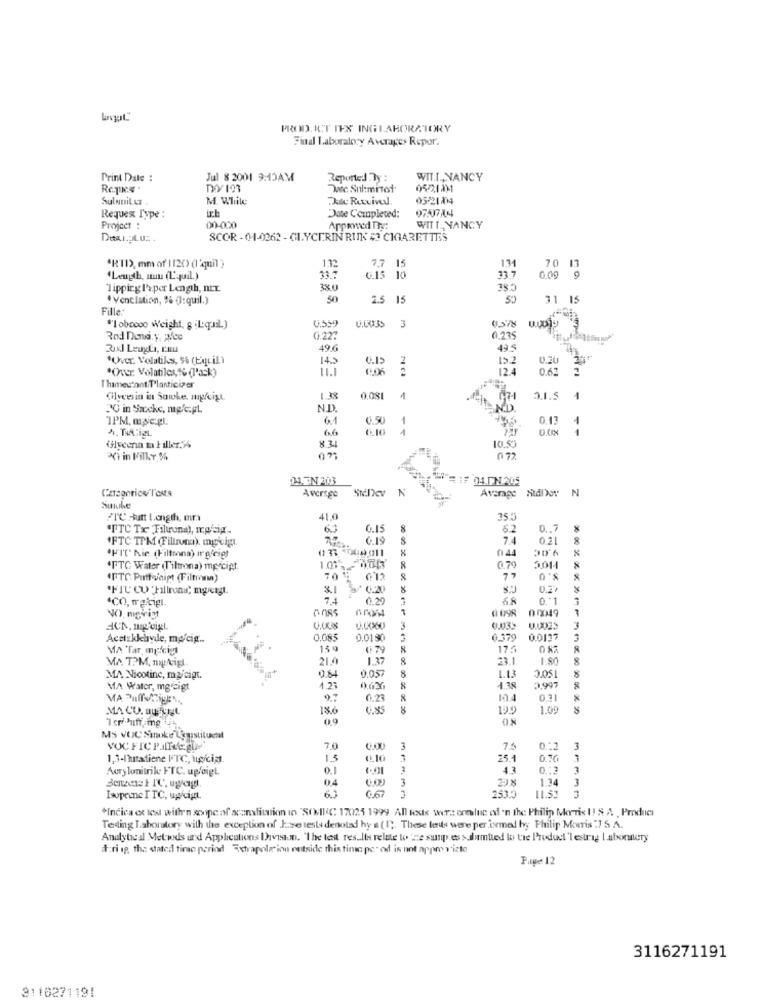
PROD. ICT IES INGLABORATORY
Final Laboraloxy Averages Repor.
Print Date :
Jul 8 2001 9:15AM
Reported By :
WIT.L ., NANCY
0521131
Sulnuit Lt
M. While
Due Rutvival
0521/04
ich
Requex Type :
Date Completed:
Project :
00-000
Apprwed The:
WITT_ NANCY
SCOR - 04-0262 - GLYCERIN RUNK # CIGARETTES
1.32
7.7 15
131
70 13
"RID), mm of 1120) (l'quil )
10
.Length, mu (L'aquil.)
33.7
G.15
33.7
0.09 9
"Tipping I'sper Length, nur.
38.0
" Venciation, % ():quil.)
2.5 15
31 15
Fille+
0.559
0.378
""I obocoo weight, g iloquil.)
3
0.227
0.235
49.6
495
"Over. Volatiks, 5% (Equil )
14.5
2
1>2
0.20
.Over. Volatiles,% (l'ack)
12.4
0.62
Thames ant Tlasticizer
Glycerin in Soike, mg/cist.
1.38
1.081
1
3.1.5
1
20 in Shocke, mgfc.pt.
N.D.
1PM, mac:gl.
6.1
6.50
1
0.13
1
A. TIACieL
1
Glycena mn F iller.54
8.31
10.50
Xi in Milk7 %
07
072
# ## 04.IN.205
Carsonrice Tests
Average
PTC Jutt Longth, mira
41.0
35:
"TTC Tr Filtruna), mpeg-
63
6.15
N
62
0.7
"FTC TPM (Filinuna), movig
6.19
8
0.21
8
044
"FIT' Nie (Filtrona) ir g'eigt
"FTC Water (Tiltrona) mp cipt.
1020043
8
(FTC Puffwait (Filtvm)
70 %
012
8
79
$/0.20
0.7
0.29
68
0.1
1
0 098
NO, migirigt
3
0.035
Acelskkayde, mp/cig ..
0.085
0.019
3
0.370
0.0117
3
MA Tar, mg/cigt
15 9
175
MA TPM, mpkig
21.4
1.3
8
23.1
1.80
0.057
8
MA Nicotine, myjeigt.
0.84
3.05
8
MA Water, mgfeigt
1.23
3.997
9.1
0.23
0.31
MA CU. auFUEL
18.6
199
1.09
0.9
Ms vUC Sinoke Constituent
VOC FIC PITetgiy'
7.0
0.00
7.5
0.12
3
1,3-l hutatiene NTC, ug/cia
13
0.10
25.1
0.76
3
Acrylunitrik FTC. ugoigt.
0.1
1.01
43
0.13
3
04
3
1.34
3
11.53
3
Isopeine I TC, uw/cigt.
6.1
4.67
2530
*Indica et les withr'n scope of scanslitation in "SONIC 17025 1999 All tests were ennluc of 'n the Philip Morris I! S A Product
Testing Laboratory with the exception of June tests denoted hy a (1). These les were performed by Philip Morris :7 S.A.
Analyteal Metwds und Applications Ihaveaun. "The test results relate to 'ze susp.es > dumtied lo tre Product 'lestrag Laboralery
#:ri ip, the stated timo period Extrapole ion outside this time pe" od is not appmy vizto
Page 12
3116271191
3110271191